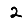
Digit: 2